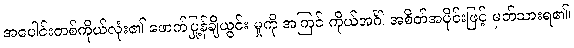
အပေါင်းတစ်ကိုယ်လုံး၏ ဖောက်ပြန်ချို့ယွင်း မှုကို အကြင် ကိုယ်အင်္ဂါ အစိတ်အပိုင်းဖြင့် မှတ်သားရ၏၊